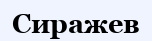
Сиражев